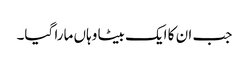
جب ان کا ایک بیٹا وہاں مارا گیا۔